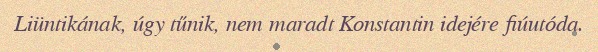
Liüntikának, úgy tűnik, nem maradt Konstantin idejére fiúutóda.